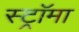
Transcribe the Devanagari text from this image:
स्ट्राॅमा